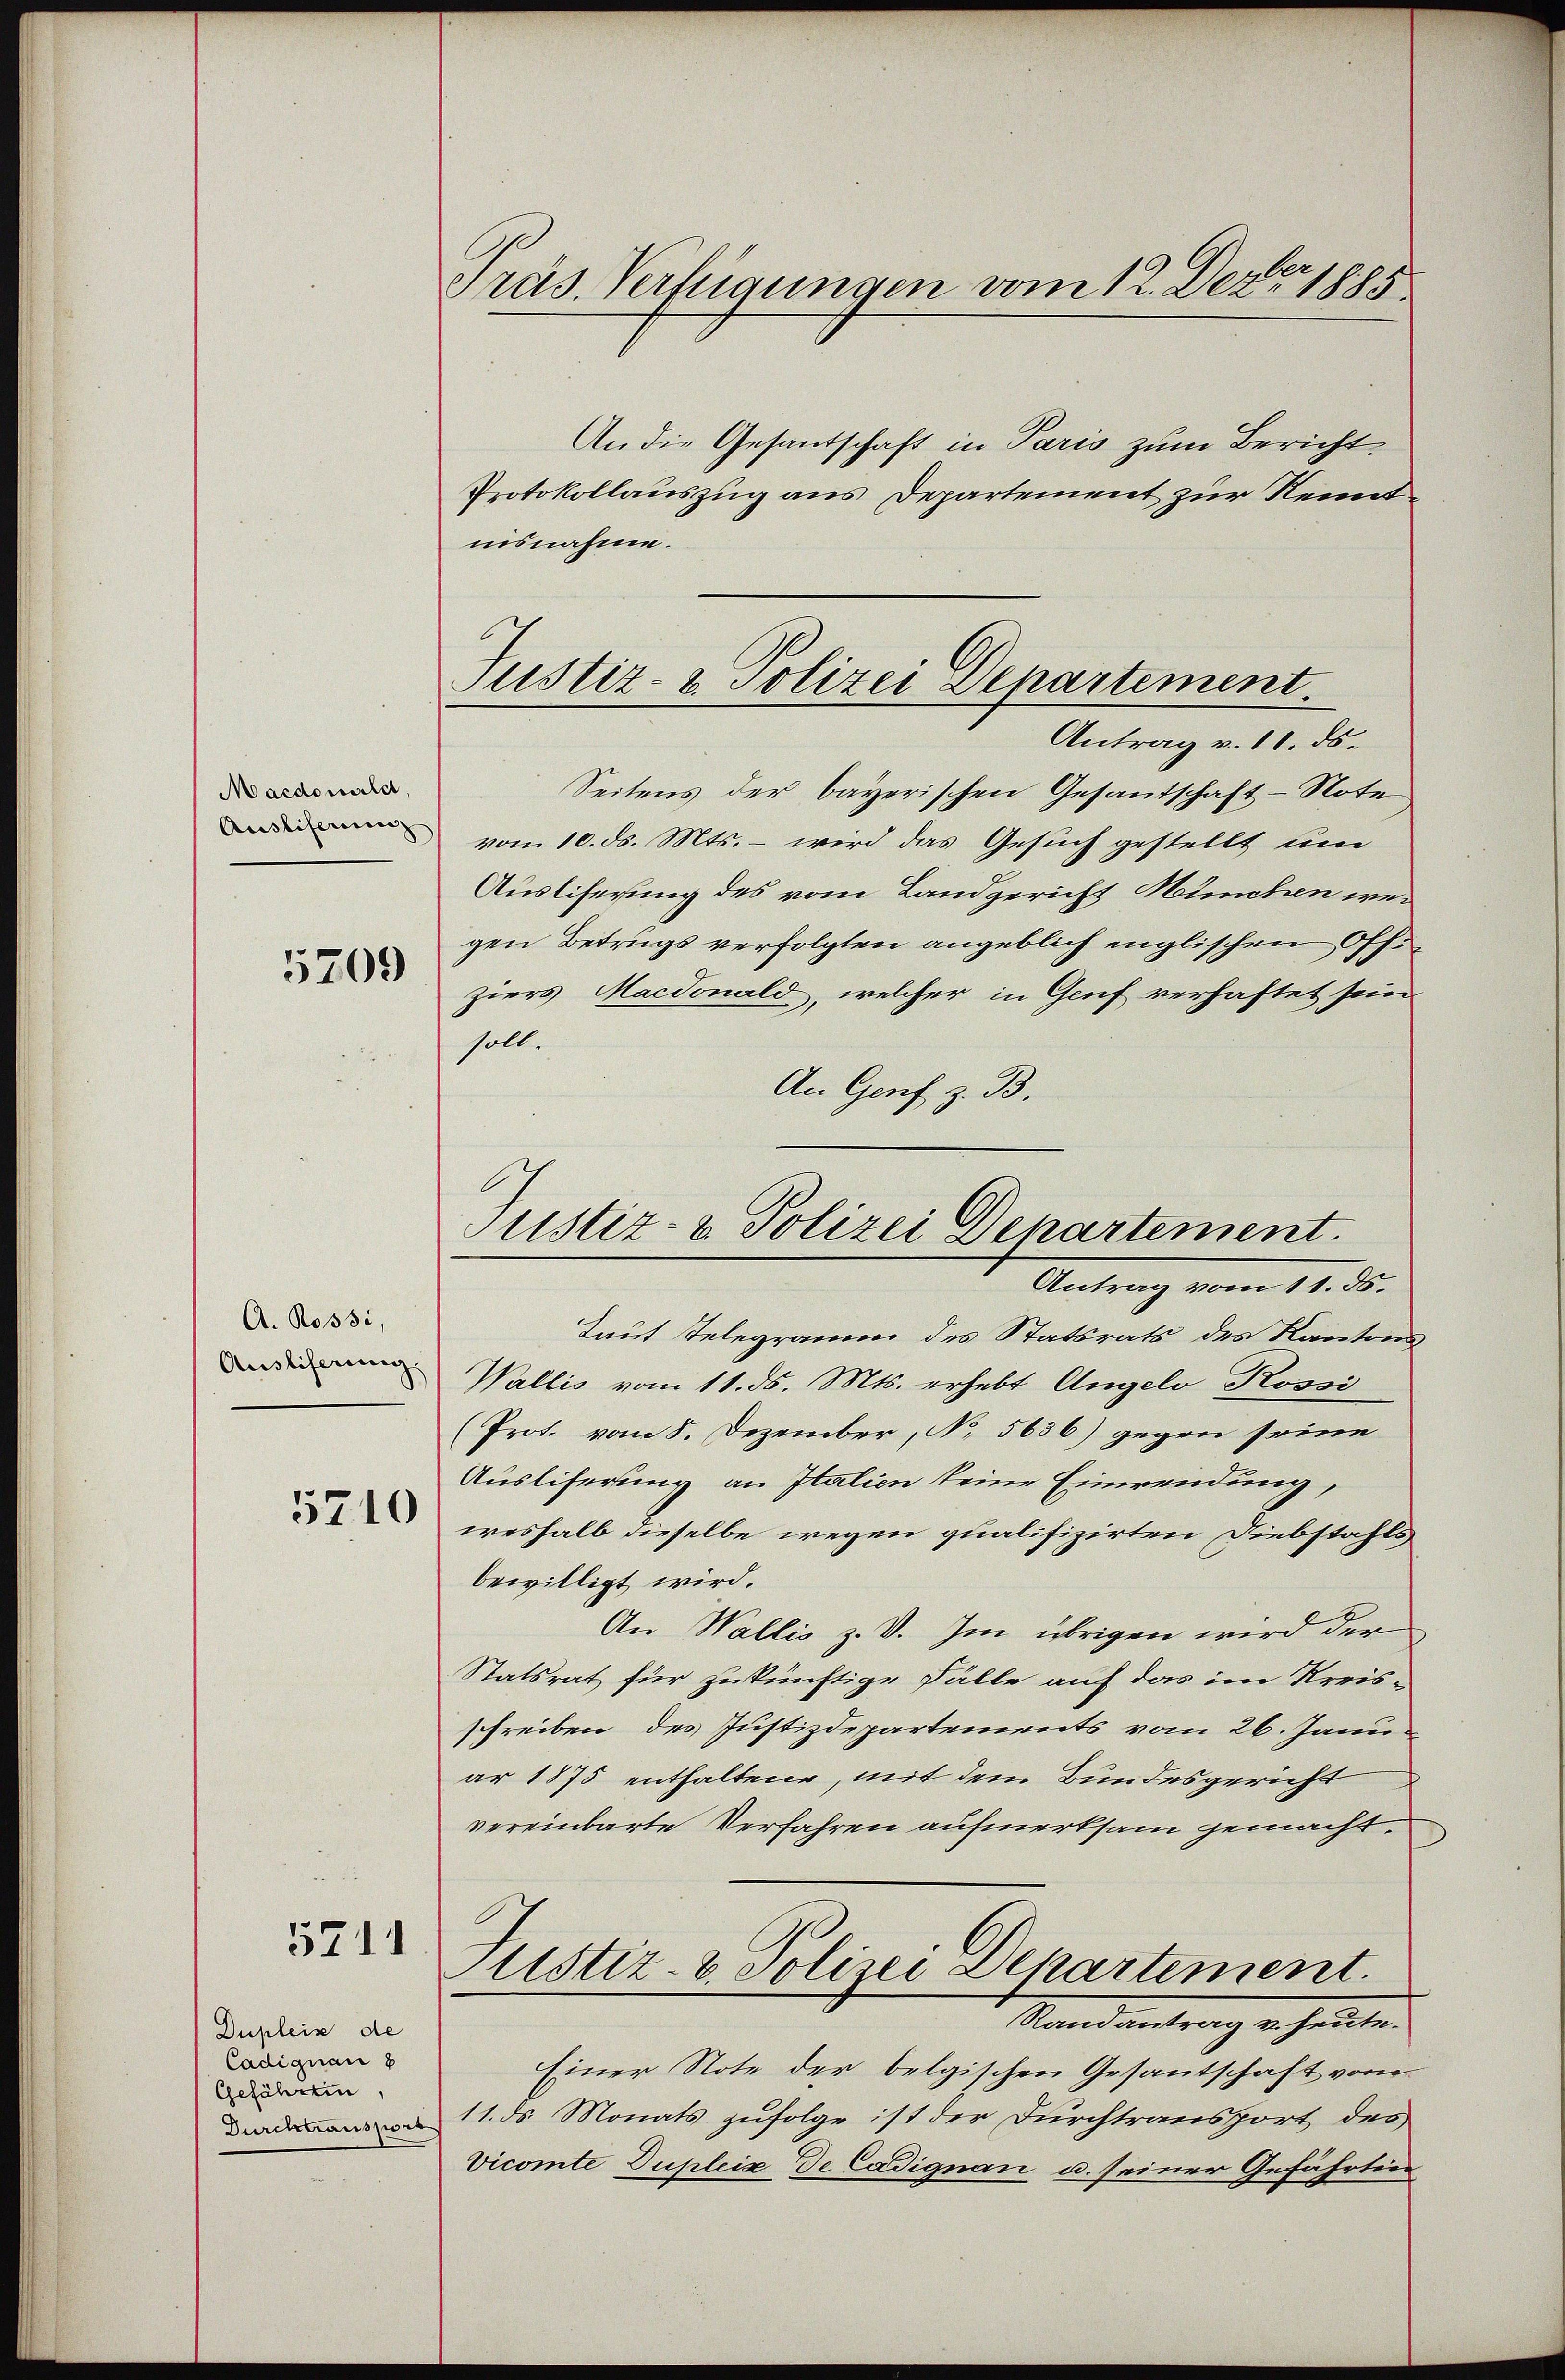
Macdowald,
Ausliserung

5709

A. Rossi,
Ausliferung.

5710

5711

Dupleis de
Cadignan 8
Gefährten,
Durchtranspor

Präs. Verfügungen vom 12. Dez. 1885

Justiz- & Polizei Departement

An die Gesantschaft in Paris zum Bericht
Protokollauszug aus Departement zur Kenntinsnahme.
Antrag v. 11. ds.
Seitens der bayerischen Gesantschaft-Note
vom 10. ds. Mts. – wird das Gesuch gestellt um
Ausliferung des vom Landgericht München wegen Betrugs verfolgten angeblich englischen Offziers Macionald, welcher in Genf verhaftet sein
soll.
An Genf z. B.
Antrag vom 11. ds.
Taut Telegramm des Statsrats des Kantons
Wallis vom 11. ds. Mts. erhebt Angelo Rossi
(Prot. vom 8. Dezember, No. 5636) gegen seine
Ausliferung an Italien keine Einwendung,
weshalb dieselbe wegen qualifizirten Diebstahlsbewilligt wird.
An Wallis z. V. Im übrigen wird der
Statsrat für zukünftige Fälle auf das im Kreis-
schreiben des Justizdepartements vom 26. Janu
ar 1875 enthaltene, mit dem Bundesgericht
vereinbarte Verfahren aufmerksam gemacht.
tistiz- & Polizei Departement.
Randantrag v. heute.
Einer Note der belgischen Gesantschaft vom
11. ds. Monats zufolge ist der Durchtransport des
Vicomte Dupleise de Cadignan u. seiner Gefährtier

Justiz- & Polizei Departement.